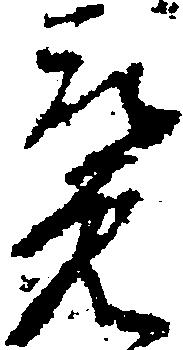
覧